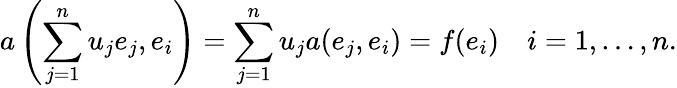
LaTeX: a\left(\sum_{j=1}^{n}u_{j}e_{j},e_{i}\right)=\sum_{j=1}^{n}u_{j}a(e_{j},e_{i})=f(e_{i})\quad i=1,\ldots,n.